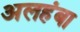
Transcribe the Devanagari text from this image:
अलहंबा